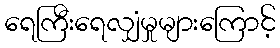
ရေကြီးရေလျှံမှုများကြောင့်